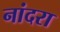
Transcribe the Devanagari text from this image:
नांदरा